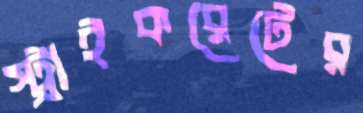
স্ট্রাইকরেটের